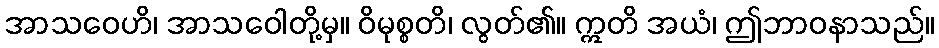
အာသဝေဟိ၊ အာသဝေါတို့မှ။ ဝိမုစ္စတိ၊ လွတ်၏။ ဣတိ အယံ၊ ဤဘာဝနာသည်။